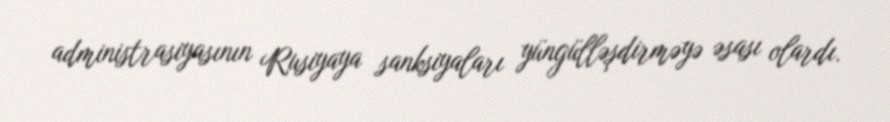
administrasiyasının Rusiyaya sanksiyaları yüngülləşdirməyə əsası olardı.